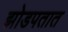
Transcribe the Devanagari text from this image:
झोडपतात